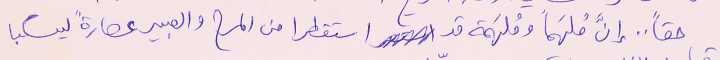
حقاً .. إنَّ مُلهَماً ومُلهَمة قد استقطرا من المرح والعبير عصارةً ليسكبا